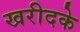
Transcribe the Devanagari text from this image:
खरीदके